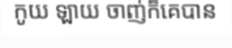
កូយ ឡាយ ចាញ់ក៏គេបាន